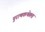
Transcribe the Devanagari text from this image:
पुराणकथेतला